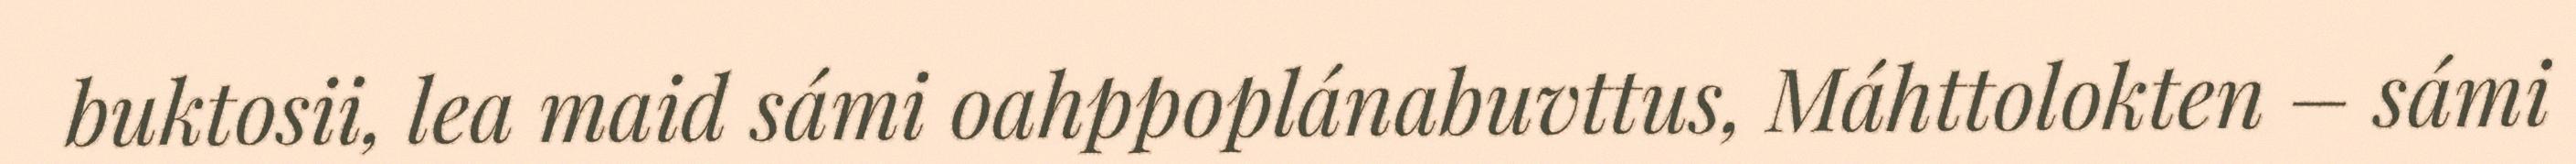
buktosii, lea maid sámi oahppoplánabuvttus, Máhttolokten – sámi